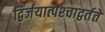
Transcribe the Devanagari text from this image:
द्विर्जयात्पश्‍चाद्वर्तते